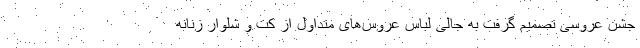
جشن عروسی تصمیم گرفت به جالی لباس عروس‌های متداول از کت و شلوار زنانه